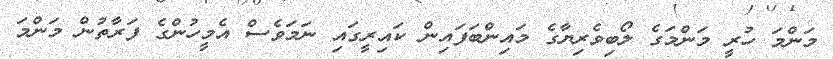
މަންމަ ހުރީ މަންމަގެ ލޯބިވެރިޔާގެ މައިންބަފައިން ކައިރީގައިި ނަމަވެސް އެމީހުންގެ ފަރާތުން މަންމަ